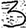
Digit: 3